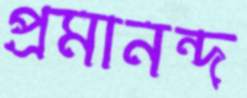
প্রমানন্দ